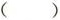
( )